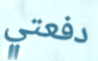
دفعتي